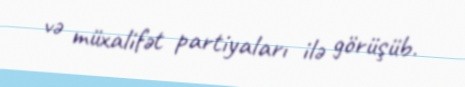
və müxalifət partiyaları ilə görüşüb.